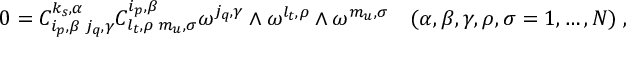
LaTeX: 0 = C _ { i _ { p } , \beta \; j _ { q } , \gamma } ^ { k _ { s } , \alpha } C _ { l _ { t } , \rho \; m _ { u } , \sigma } ^ { i _ { p } , \beta } \omega ^ { j _ { q } , \gamma } \wedge \omega ^ { l _ { t } , \rho } \wedge \omega ^ { m _ { u } , \sigma } \quad ( \alpha , \beta , \gamma , \rho , \sigma = 1 , \ldots , N ) \; ,